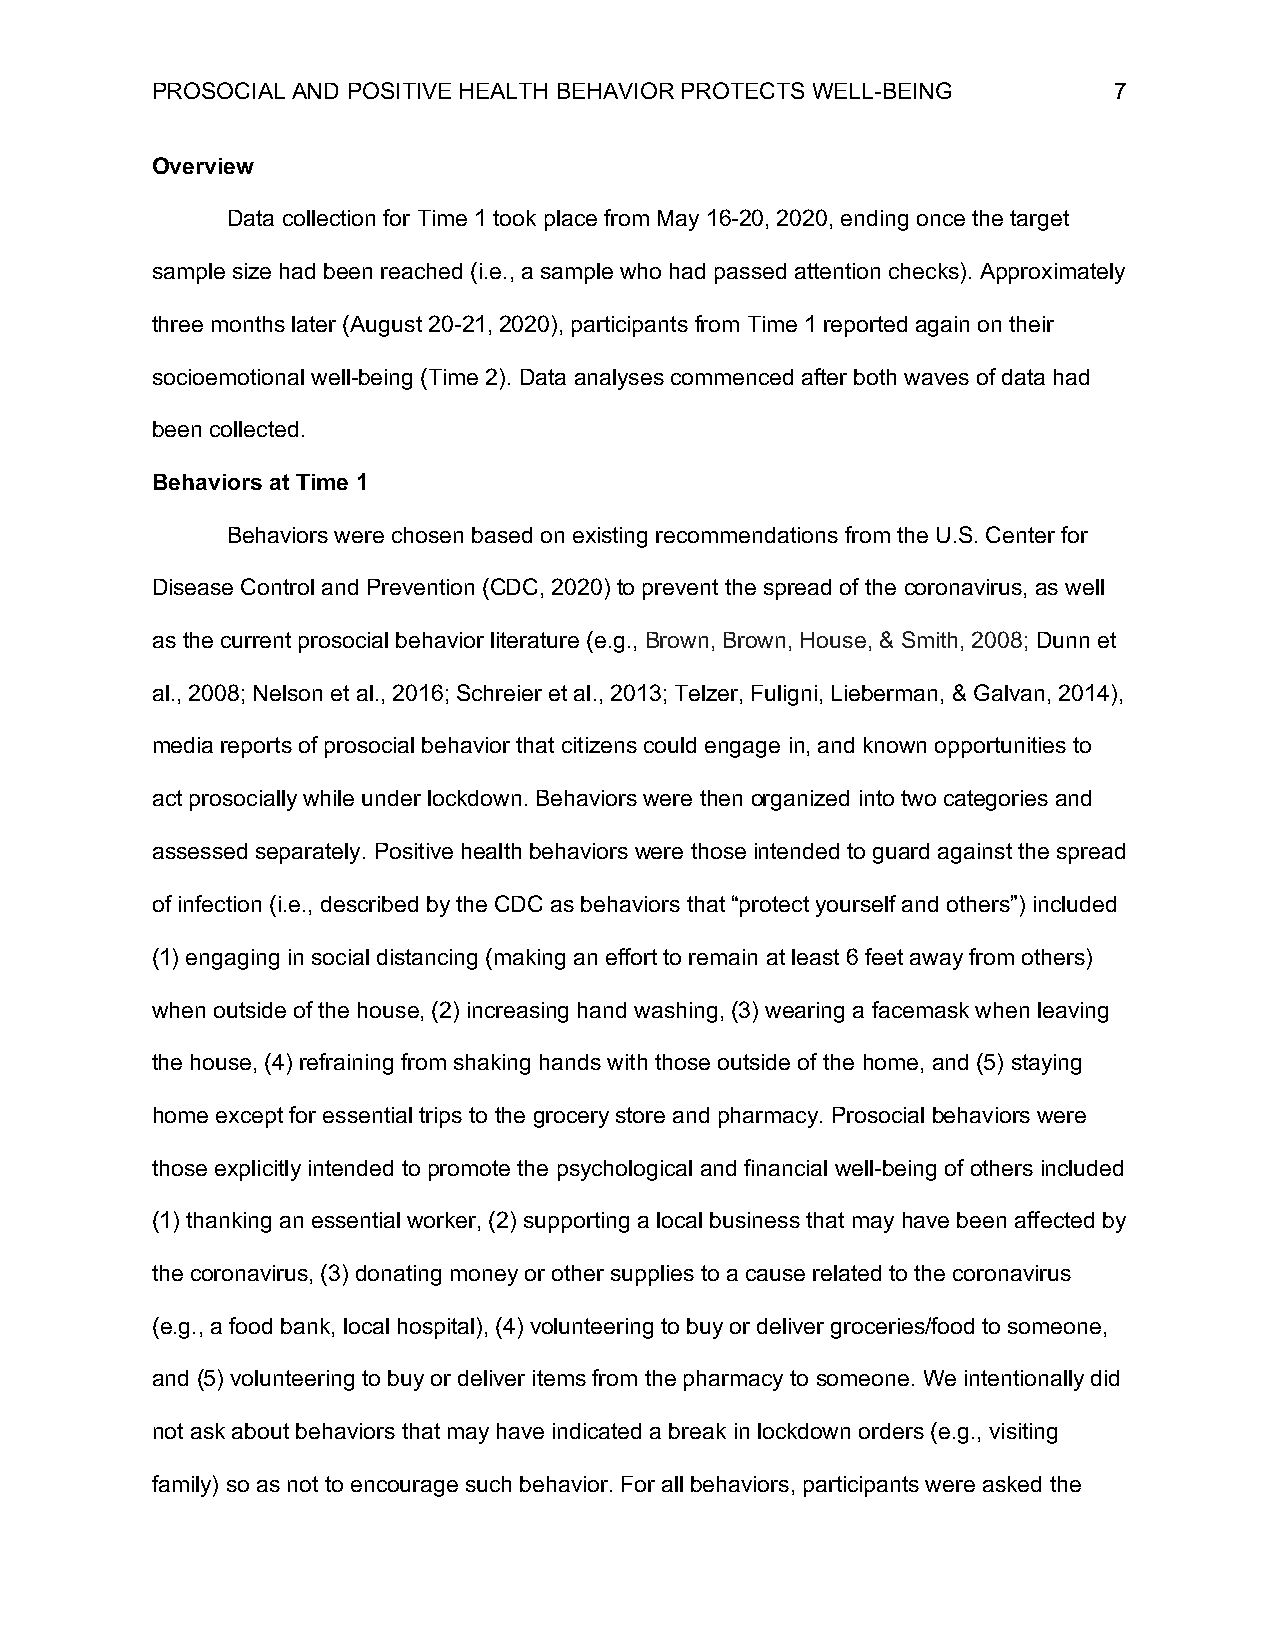
PROSOCIAL AND POSITIVE HEALTH BEHAVIOR PROTECTS WELL-BEING      7
 Overview
 Data collection for Time 1 took place from May 16-20, 2020, ending once the target
 sample size had been reached (i.e., a sample who had passed attention checks). Approximately
 three months later (August 20-21, 2020), participants from Time 1 reported again on their
 socioemotional well-being (Time 2). Data analyses commenced after both waves of data had
 been collected.
 Behaviors at Time 1
 Behaviors were chosen based on existing recommendations from the U.S. Center for
 Disease Control and Prevention (CDC, 2020) to prevent the spread of the coronavirus, as well
 as the current prosocial behavior literature (e.g., Brown, Brown, House, & Smith, 2008; Dunn et
 al., 2008; Nelson et al., 2016; Schreier et al., 2013; Telzer, Fuligni, Lieberman, & Galvan, 2014),
 media reports of prosocial behavior that citizens could engage in, and known opportunities to
 act prosocially while under lockdown. Behaviors were then organized into two categories and
 assessed separately. Positive health behaviors were those intended to guard against the spread
 of infection (i.e., described by the CDC as behaviors that “protect yourself and others”) included
 (1) engaging in social distancing (making an effort to remain at least 6 feet away from others)
 when outside of the house, (2) increasing hand washing, (3) wearing a facemask when leaving
 the house, (4) refraining from shaking hands with those outside of the home, and (5) staying
 home except for essential trips to the grocery store and pharmacy. Prosocial behaviors were
 those explicitly intended to promote the psychological and financial well-being of others included
 (1) thanking an essential worker, (2) supporting a local business that may have been affected by
 the coronavirus, (3) donating money or other supplies to a cause related to the coronavirus
 (e.g., a food bank, local hospital), (4) volunteering to buy or deliver groceries/food to someone,
 and (5) volunteering to buy or deliver items from the pharmacy to someone. We intentionally did
 not ask about behaviors that may have indicated a break in lockdown orders (e.g., visiting
 family) so as not to encourage such behavior. For all behaviors, participants were asked the